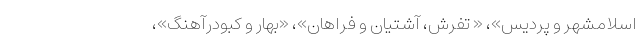
اسلامشهر و پردیس»، « تفرش، آشتیان و فراهان»، «بهار و کبودرآهنگ»،